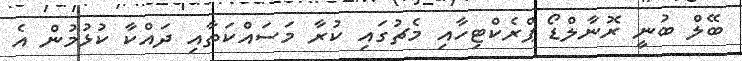
ބޭލް ބުނީ ރޮނާލްޑޯ ޕްރެކްޓިހާއި މެޗުގައި ކުރާ މަސައްކަތާއި ދައްކާ ކުޅުމުން އެ